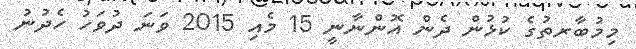
މިމުބާރތުގެ ކުޅުން ދެން އޮންނާނީ 15 މެއި 2015 ވަނަ ދުވަހު ހެދުނު